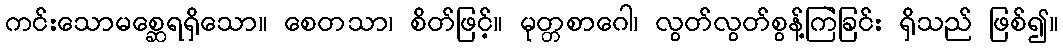
ကင်းသောမစ္ဆေရရှိသော။ စေတသာ၊ စိတ်ဖြင့်။ မုတ္တစာဂေါ၊ လွတ်လွတ်စွန့်ကြဲခြင်း ရှိသည် ဖြစ်၍။